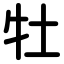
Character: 牡